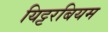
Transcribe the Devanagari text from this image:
यिट्टरबियम